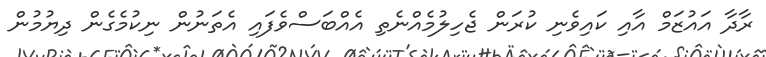
ރާދާ އައުޒަމް އާއި ކައިވެނި ކުރަން ޖެހިލުމެއްނެތި އެއްބަސްވެފައި އެތަނުން ނިކުމެގެން ދިޔުމުން